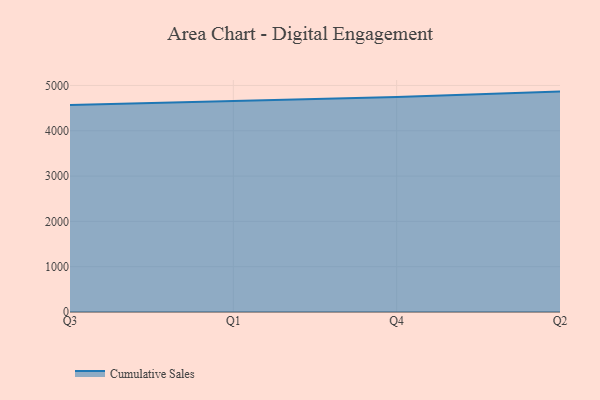
{"axis": {"x": "Quarter", "y": "Population (Million)"}, "legend": ["Cumulative Sales"], "data": [{"x": "Q3", "y": 4568.9, "type": "Cumulative Sales"}, {"x": "Q1", "y": 4662.1, "type": "Cumulative Sales"}, {"x": "Q4", "y": 4747.0, "type": "Cumulative Sales"}, {"x": "Q2", "y": 4864.5, "type": "Cumulative Sales"}]}